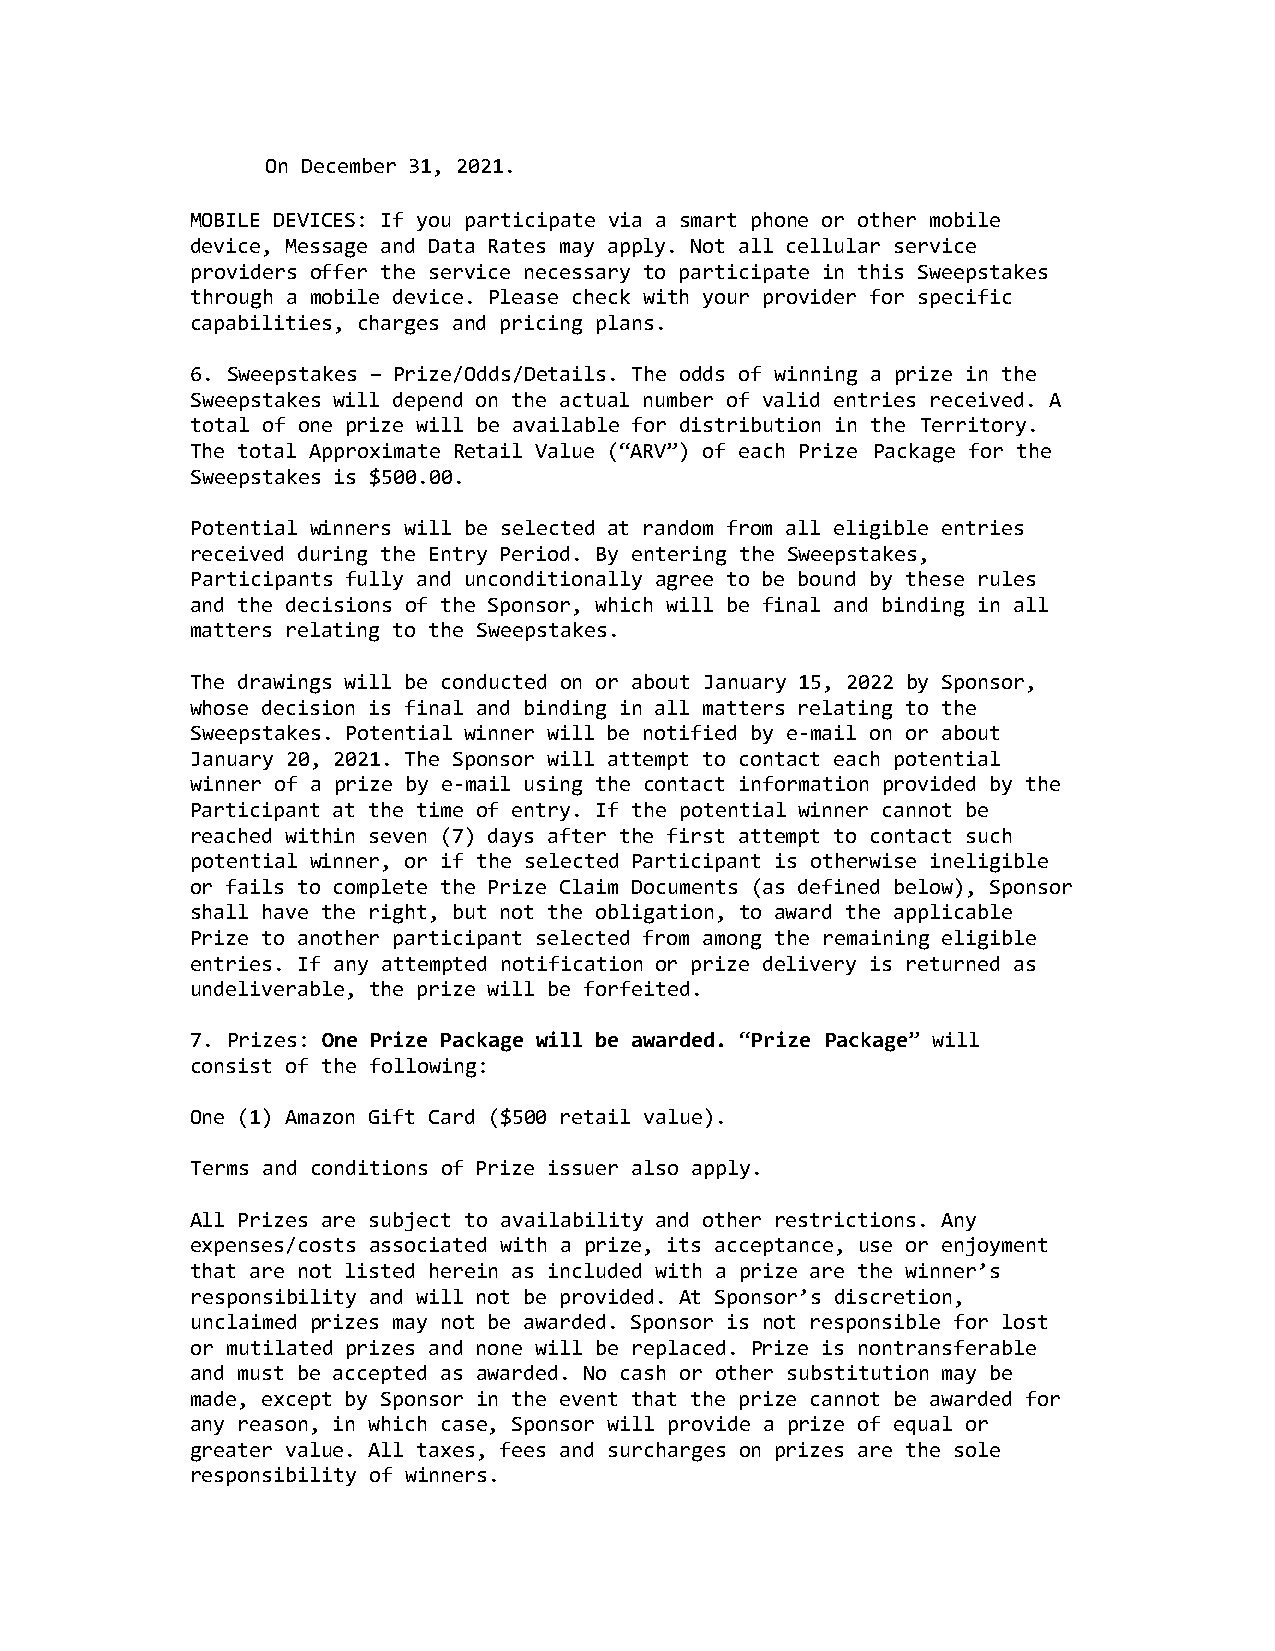
On December 31, 2021.
 MOBILE DEVICES: If you participate via a smart phone or other mobile
 device, Message and Data Rates may apply. Not all cellular service
 providers offer the service necessary to participate in this Sweepstakes
 through a mobile device. Please check with your provider for specific
 capabilities, charges and pricing plans.
 6. Sweepstakes – Prize/Odds/Details. The odds of winning a prize in the
 Sweepstakes will depend on the actual number of valid entries received. A
 total of one prize will be available for distribution in the Territory.
 The total Approximate Retail Value (“ARV”) of each Prize Package for the
 Sweepstakes is $500.00.
 Potential winners will be selected at random from all eligible entries
 received during the Entry Period. By entering the Sweepstakes,
 Participants fully and unconditionally agree to be bound by these rules
 and the decisions of the Sponsor, which will be final and binding in all
 matters relating to the Sweepstakes.
 The drawings will be conducted on or about January 15, 2022 by Sponsor,
 whose decision is final and binding in all matters relating to the
 Sweepstakes. Potential winner will be notified by e-mail on or about
 January 20, 2021. The Sponsor will attempt to contact each potential
 winner of a prize by e-mail using the contact information provided by the
 Participant at the time of entry. If the potential winner cannot be
 reached within seven (7) days after the first attempt to contact such
 potential winner, or if the selected Participant is otherwise ineligible
 or fails to complete the Prize Claim Documents (as defined below), Sponsor
 shall have the right, but not the obligation, to award the applicable
 Prize to another participant selected from among the remaining eligible
 entries. If any attempted notification or prize delivery is returned as
 undeliverable, the prize will be forfeited.
 7. Prizes: One Prize Package will be awarded. “Prize Package” will
 consist of the following:
 One (1) Amazon Gift Card ($500 retail value).
 Terms and conditions of Prize issuer also apply.
 All Prizes are subject to availability and other restrictions. Any
 expenses/costs associated with a prize, its acceptance, use or enjoyment
 that are not listed herein as included with a prize are the winner’s
 responsibility and will not be provided. At Sponsor’s discretion,
 unclaimed prizes may not be awarded. Sponsor is not responsible for lost
 or mutilated prizes and none will be replaced. Prize is nontransferable
 and must be accepted as awarded. No cash or other substitution may be
 made, except by Sponsor in the event that the prize cannot be awarded for
 any reason, in which case, Sponsor will provide a prize of equal or
 greater value. All taxes, fees and surcharges on prizes are the sole
 responsibility of winners.